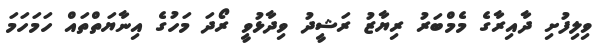
ވިލިފުށި ދާއިރާގެ މެމްބަރު ރިޔާޒު ރަޝީދު ވިދާޅުވީ ރޯދަ މަހުގެ އިނާޔަތްތައް ހަމަހަމަ